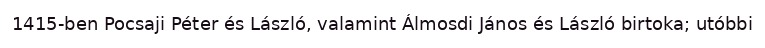
1415-ben Pocsaji Péter és László, valamint Álmosdi János és László birtoka; utóbbi